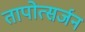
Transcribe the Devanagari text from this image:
तापोत्सर्जन